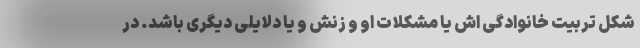
شکل تربیت خانوادگی اش یا مشکلات او و زنش و یا دلایلی دیگری باشد. در